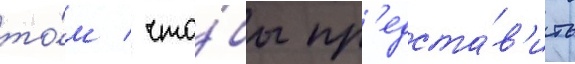
то́м / что́бы пр'едста́в'ить